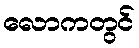
လောကတွင်